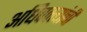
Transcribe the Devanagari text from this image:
अधिवक्त्यांची